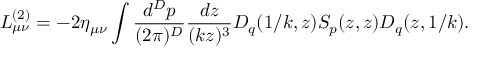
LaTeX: L _ { \mu \nu } ^ { ( 2 ) } = - 2 \eta _ { \mu \nu } \int { \frac { d ^ { D } p } { ( 2 \pi ) ^ { D } } } { \frac { d z } { ( k z ) ^ { 3 } } } D _ { q } ( 1 / k , z ) S _ { p } ( z , z ) D _ { q } ( z , 1 / k ) .